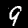
Digit: 9